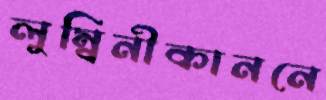
লুম্বিনীকাননে